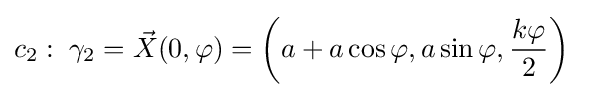
c_{2}:\;\gamma _{2}={\vec {X}}(0,\varphi )=\left(a+a\cos \varphi ,a\sin \varphi ,{\frac {k\varphi }{2}}\right)\